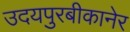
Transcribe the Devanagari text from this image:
उदयपुरबीकानेर